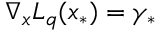
\nabla _ { x } L _ { q } ( x _ { * } ) = \gamma _ { * }